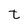
Character: t